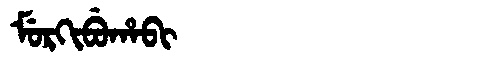
Manchu: ᠮᡠᡵᡴᡳᠪᡠᡥᠠᠪᡳ
Romanization: MURKIBUHABI